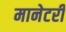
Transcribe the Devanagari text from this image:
मानेटरी